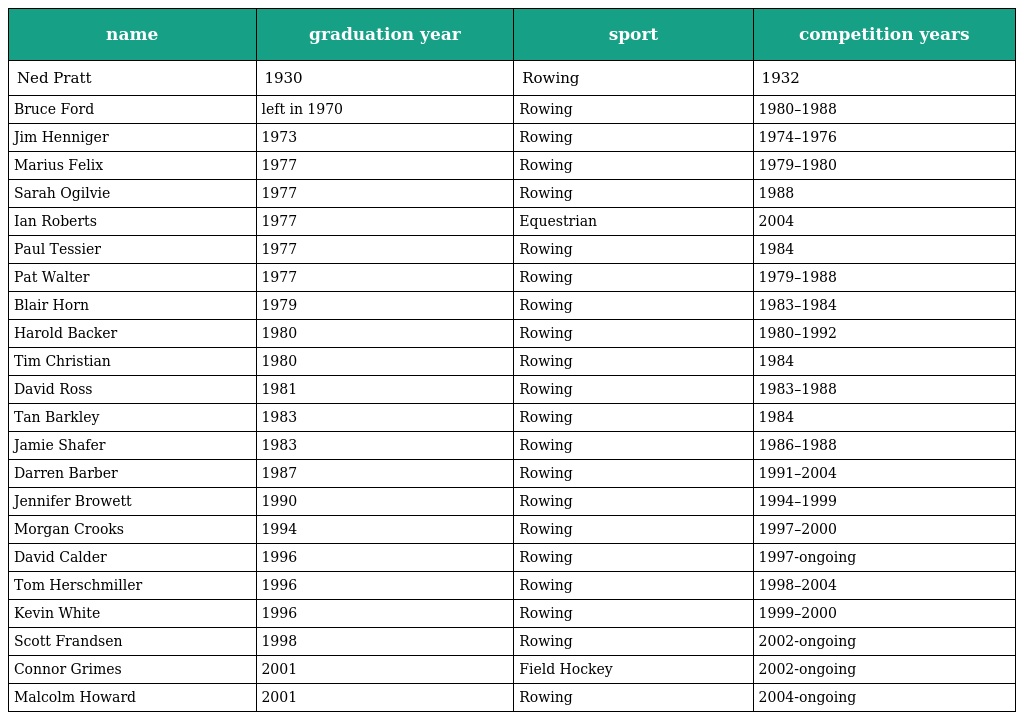
| name | graduation year | sport | competition years |
 | --- | --- | --- | --- |
 | Ned Pratt | 1930 | Rowing | 1932 |
 | Bruce Ford | left in 1970 | Rowing | 1980–1988 |
 | Jim Henniger | 1973 | Rowing | 1974–1976 |
 | Marius Felix | 1977 | Rowing | 1979–1980 |
 | Sarah Ogilvie | 1977 | Rowing | 1988 |
 | Ian Roberts | 1977 | Equestrian | 2004 |
 | Paul Tessier | 1977 | Rowing | 1984 |
 | Pat Walter | 1977 | Rowing | 1979–1988 |
 | Blair Horn | 1979 | Rowing | 1983–1984 |
 | Harold Backer | 1980 | Rowing | 1980–1992 |
 | Tim Christian | 1980 | Rowing | 1984 |
 | David Ross | 1981 | Rowing | 1983–1988 |
 | Tan Barkley | 1983 | Rowing | 1984 |
 | Jamie Shafer | 1983 | Rowing | 1986–1988 |
 | Darren Barber | 1987 | Rowing | 1991–2004 |
 | Jennifer Browett | 1990 | Rowing | 1994–1999 |
 | Morgan Crooks | 1994 | Rowing | 1997–2000 |
 | David Calder | 1996 | Rowing | 1997-ongoing |
 | Tom Herschmiller | 1996 | Rowing | 1998–2004 |
 | Kevin White | 1996 | Rowing | 1999–2000 |
 | Scott Frandsen | 1998 | Rowing | 2002-ongoing |
 | Connor Grimes | 2001 | Field Hockey | 2002-ongoing |
 | Malcolm Howard | 2001 | Rowing | 2004-ongoing |